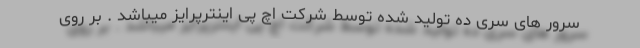
سرور های سری ده تولید شده توسط شرکت اچ پی اینترپرایز میباشد . بر روی